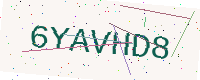
Text: 6YAVHD8